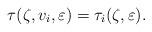
LaTeX: \begin{align*}\tau(\zeta,v_{i},\varepsilon)=\tau_{i}(\zeta,\varepsilon).\end{align*}